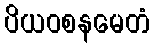
ပိယဝစနမေတံ